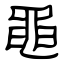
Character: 黽